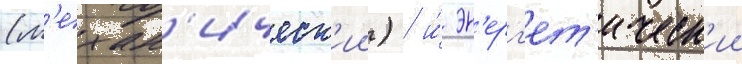
(м'ехан'ическ'ии) / и́ эн'ерг'ет'ическ'ии